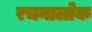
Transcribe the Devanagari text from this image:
रचनालोक